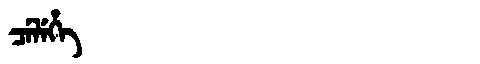
Manchu: ᠴᡝᠯᡝᡥᡝ
Romanization: CELEHE